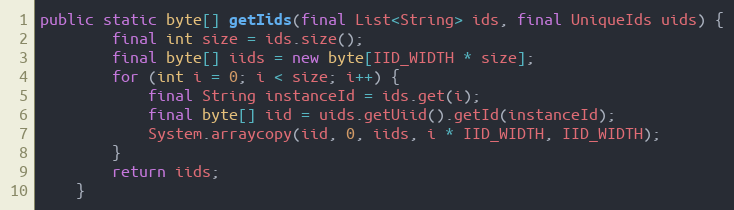
Language: Java
public static byte[] getIids(final List<String> ids, final UniqueIds uids) {
        final int size = ids.size();
        final byte[] iids = new byte[IID_WIDTH * size];
        for (int i = 0; i < size; i++) {
            final String instanceId = ids.get(i);
            final byte[] iid = uids.getUiid().getId(instanceId);
            System.arraycopy(iid, 0, iids, i * IID_WIDTH, IID_WIDTH);
        }
        return iids;
    }